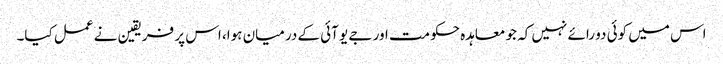
اس میں کوئی دو رائے نہیں کہ جو معاہدہ حکومت اور جے یو آئی کے درمیان ہوا، اس پر فریقین نے عمل کیا۔